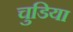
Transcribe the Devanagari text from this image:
चुडिया